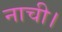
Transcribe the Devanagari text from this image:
नाची।